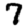
Digit: 7